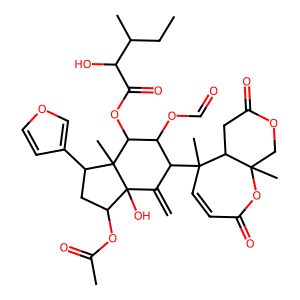
SMILES: C=C1C(C2(C)C=CC(=O)OC3(C)COC(=O)CC32)C(OC=O)C(OC(=O)C(O)C(C)CC)C2(C)C(c3ccoc3)CC(OC(C)=O)C12O
Inhibits HIV replication: No